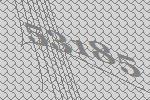
53185